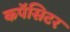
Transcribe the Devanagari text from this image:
कपॅसिटर